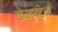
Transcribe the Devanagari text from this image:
केम्प्टन